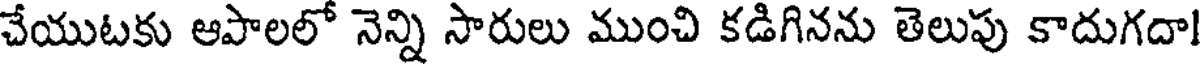
చేయుటకు ఆపాలలో నెన్ని సారులు ముంచి కడిగినను తెలుపు కాదుగదా